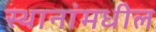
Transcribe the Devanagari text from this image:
स्थानांमधील